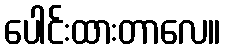
ပေါင်းထားတာလေ။